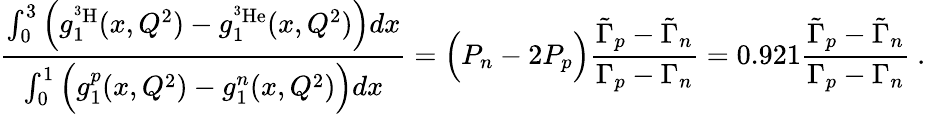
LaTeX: \frac{\int_{0}^{3}\Big(g_{1}^{^3\mathrm{H}}(x,Q^{2})-g_{1}^{^3\mathrm{He}}(x,Q^{2})\Big)dx}{\int_{0}^{1}\Big(g_{1}^{p}(x,Q^{2})-g_{1}^{n}(x,Q^{2})\Big)dx}=\Big(P_{n}-2P_{p}\Big)\frac{\tilde{\Gamma}_{p}-\tilde{\Gamma}_{n}}{\Gamma_{p}-\Gamma_{n}}=0.921\frac{\tilde{\Gamma}_{p}-\tilde{\Gamma}_{n}}{\Gamma_{p}-\Gamma_{n}}\ .